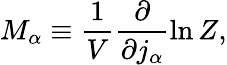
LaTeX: M_{\alpha}\equiv\frac{1}{V}\frac{\partial}{\partial j_{\alpha}}\ln Z,